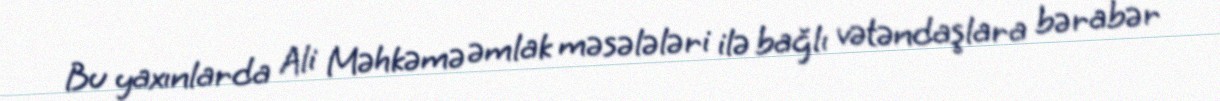
Bu yaxınlarda Ali Məhkəmə əmlak məsələləri ilə bağlı vətəndaşlara bərabər